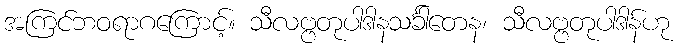
အကြင်ဘဝရာဂကြောင့်။ သီလဗ္ဗတုပါဒါနသင်္ခါတေန၊ သီလဗ္ဗတုပါဒါန်ဟု